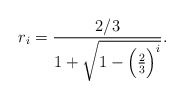
\begin{align*}r_i=\frac{2/3}{1+\sqrt{1-\Bigl(\frac{2}{3}\Bigr)^i}}.\end{align*}